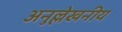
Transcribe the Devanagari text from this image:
अनुल्लेखनीय